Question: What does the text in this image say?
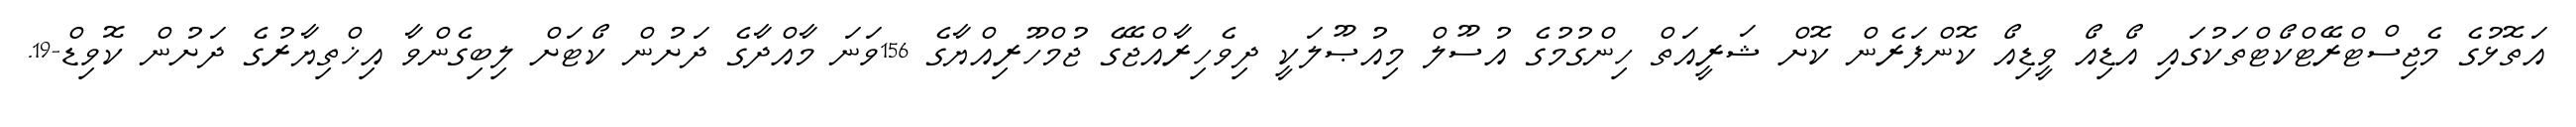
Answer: އަތޮޅުގެ މެޖިސްޓްރޭޓްކޯޓްތަކުގައި އޯޑިއޯ ވީޑިއޯ ކޮންފަރެން ކޮށް ޝަރީއަތް ހިންގުމުގެ އުސޫލް މިއުޞޫލަކީ ދިވެހިރާއްޖޭގެ ޖުމްހޫރިއްޔާގެ 156ވަނަ މާއްދާގެ ދަށުން ކޯޓަށް ލިބިގެންވާ އިޚްތިޔާރުގެ ދަށުން ކޮވިޑް-19.